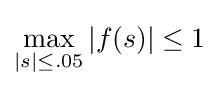
\max _{\left|s\right|\leq .05}\left|f(s)\right|\leq 1